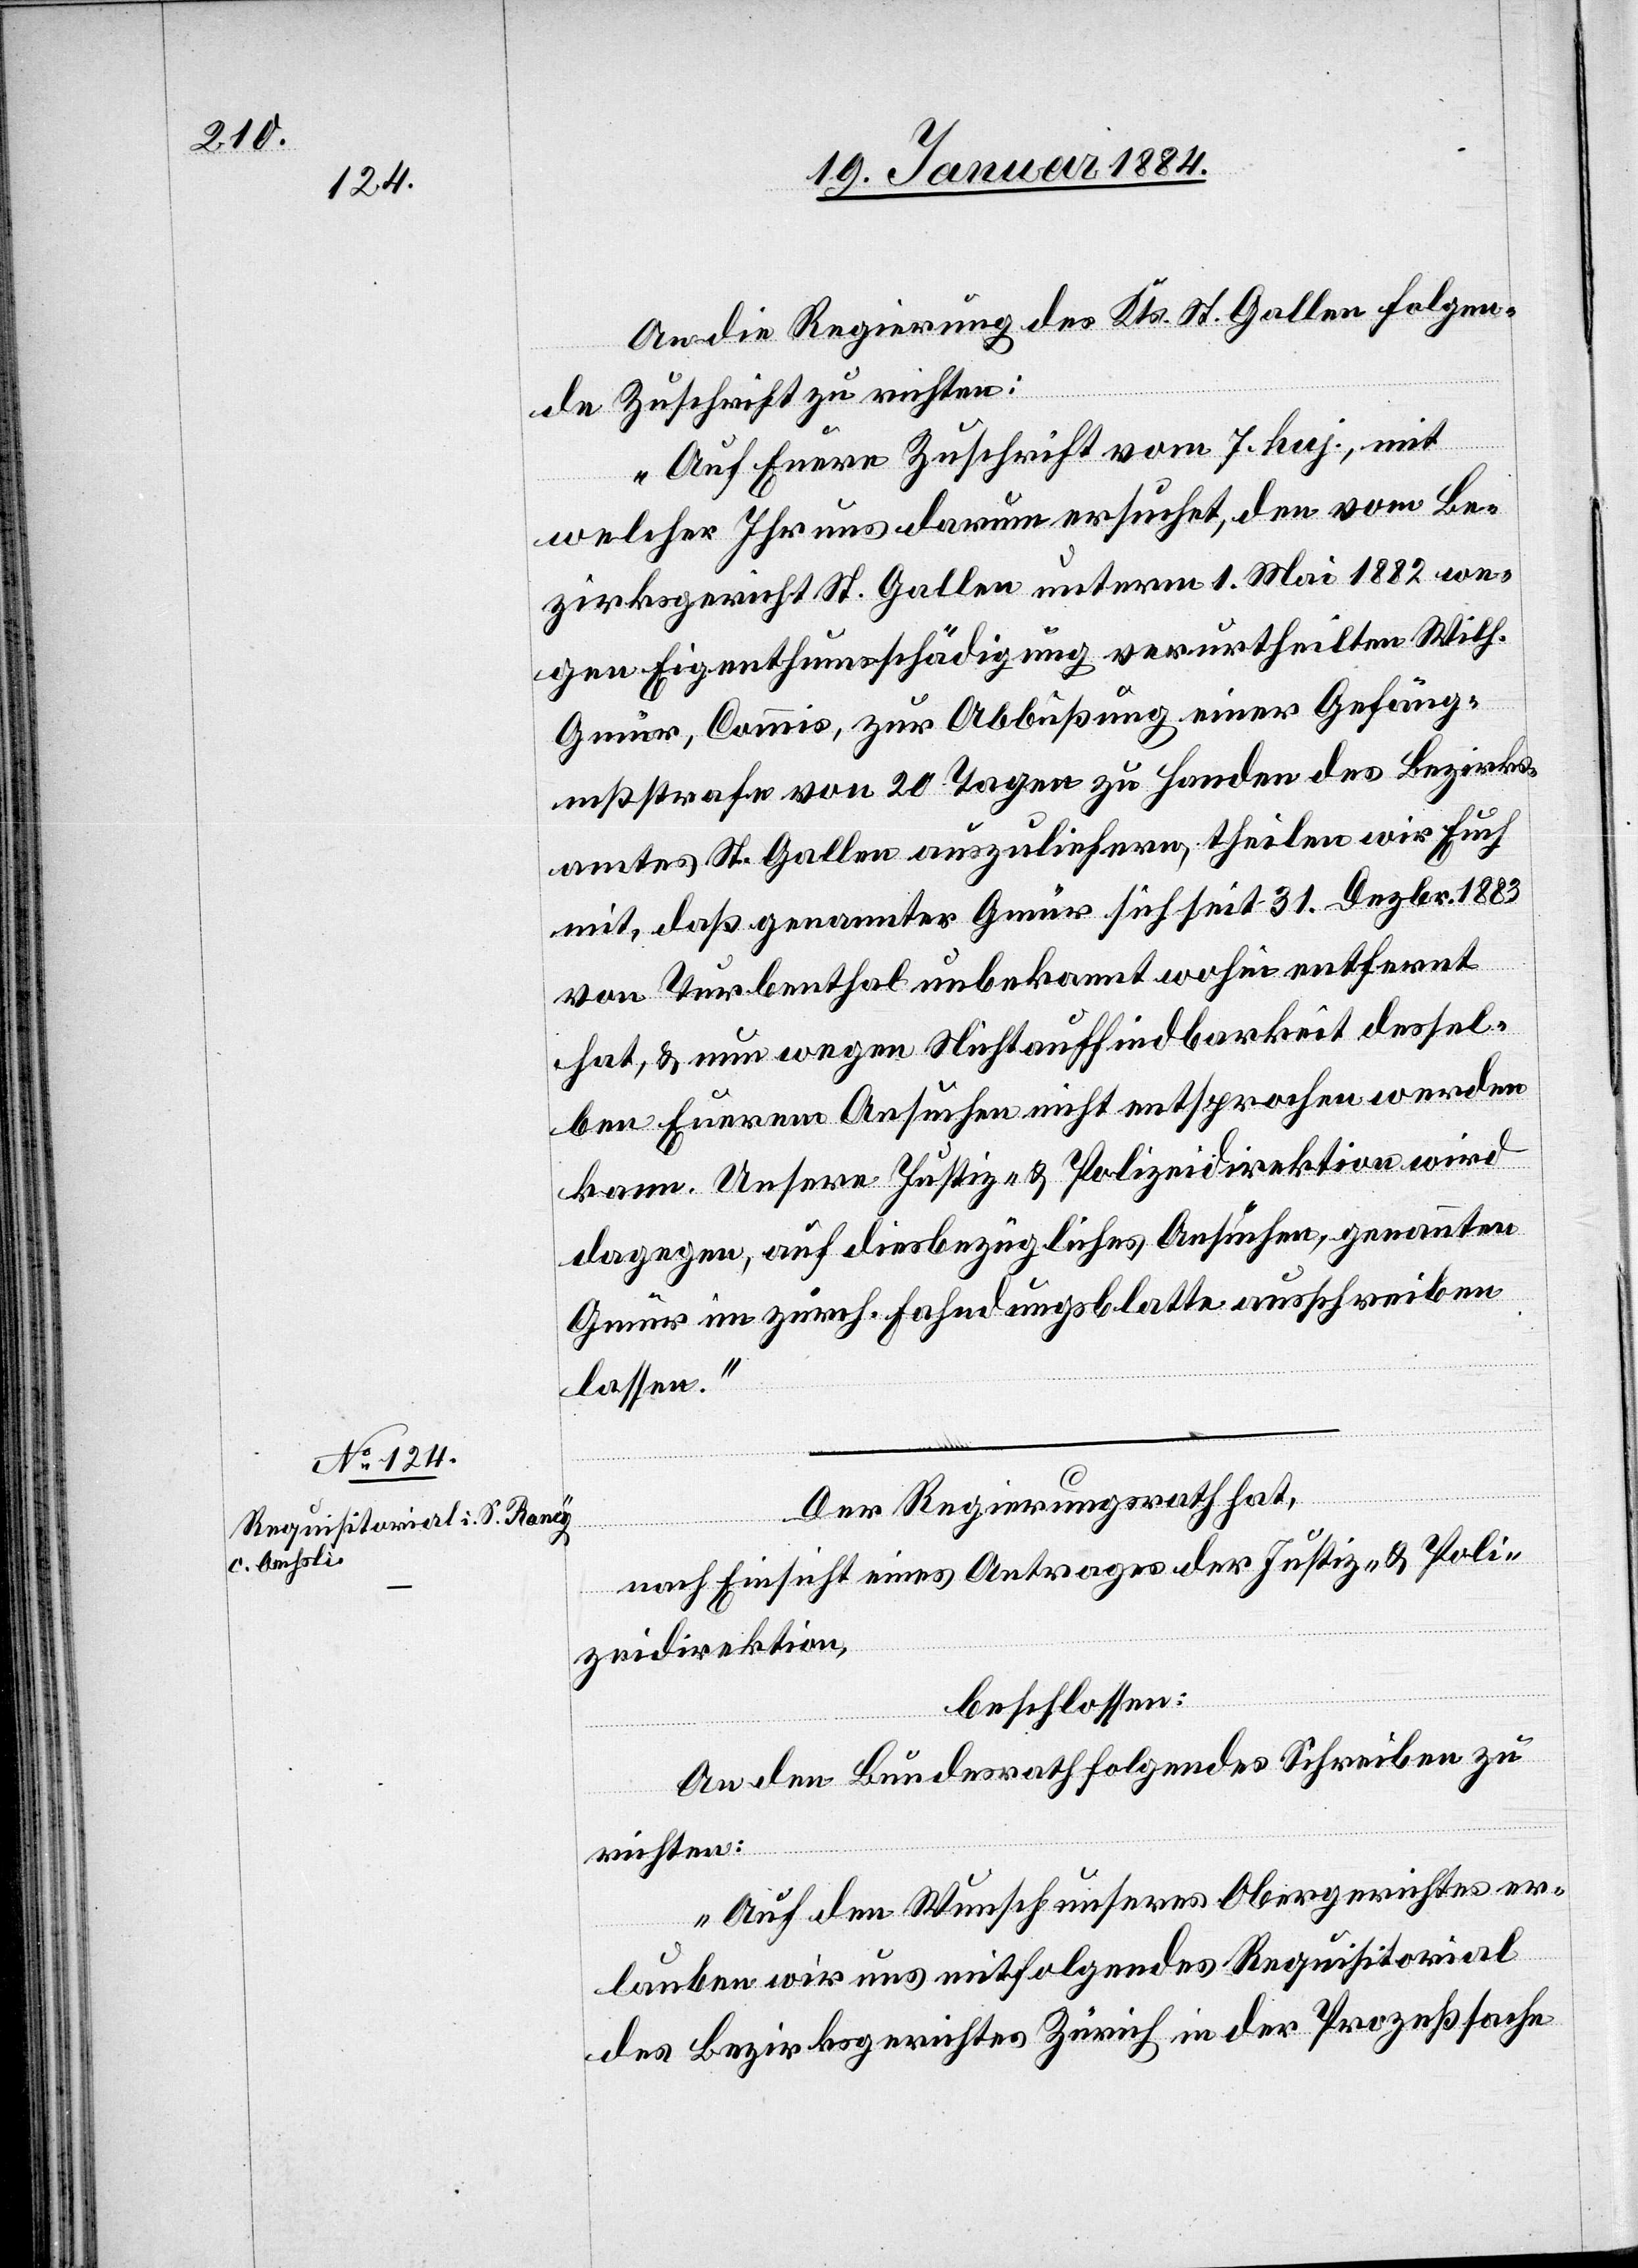
An die Regierung des Kts. St. Gallen folgen¬
de Zuschrift zu richten:
„Auf Euere Zuschrift vom 7. huj., mit
welcher Ihr uns darum ersucht, den vom Be¬
zirksgericht St. Gallen unterm 1. Mai 1882 we¬
gen Eigenthumsschädigung verurtheilten Wilh.
Gmür, Comis, zur Abbüßung einer Gefäng¬
nißstrafe von 20 Tagen zu Handen des Bezirks¬
amtes St. Gallen auszuliefern, theilen wir Euch
mit, daß genannter Gmür sich seit 31. Dezbr. 1883
von Thurbenthal unbekannt wohin entfernt
hat, & nun wegen Nichtauffindbarkeit dessel¬
ben Eurem Ansuchen nicht entsprochen werden
kann. Unsere Justiz- & Polizeidirektion wird
dagegen, auf diesbezügliches Ansuchen, genannten
Gmür im zürch. Fahndungsblatte ausschreiben
lassen.“
Der Regierungsrath hat,
nach Einsicht eine Antrages der Justiz- & Poli¬
zeidirektion,
beschlossen:
An den Bundesrath folgendes Schreiben zu
richten:
„Auf den Wunsch unseres Obergerichtes er¬
lauben wir uns mitfolgendes Requisitorial
des Bezirksgerichtes Zürich in der Prozeßsache